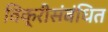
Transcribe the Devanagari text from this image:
विक्रीसंबंधित